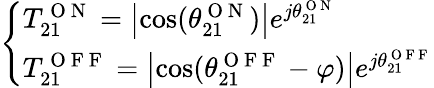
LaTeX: \left\{ \begin{array}{l}{T_{21}^{\mathrm{~O~N~}}=\left|\cos(\theta_{21}^{\mathrm{~O~N~}})\right|e^{j\theta_{21}^{\mathrm{~O~N~}}}}\\ {T_{21}^{\mathrm{~O~F~F~}}=\left|\cos(\theta_{21}^{\mathrm{~O~F~F~}}-\varphi)\right|e^{j\theta_{21}^{\mathrm{~O~F~F~}}}}\end{array}\right.